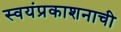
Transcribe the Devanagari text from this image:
स्वयंप्रकाशनाची